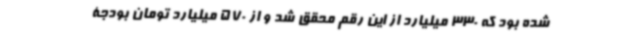
شده بود که 330 میلیارد از این رقم محقق شد و از 570 میلیارد تومان بودجۀ